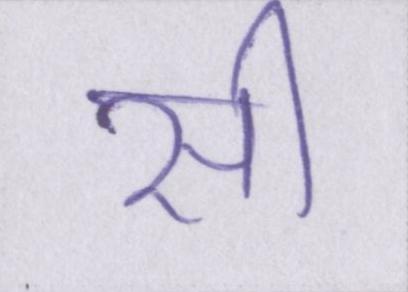
सी